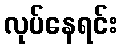
လုပ်နေရင်း